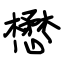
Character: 懋